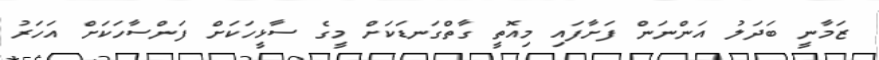
ޒަމާނީ ބަދަލު އަންނަން ފަށާފައި މިއޮތީ ގާތްގަނޑަކަށް މީގެ ސާޅީހަކަށް ފަންސާހަކަށް އަހަރު